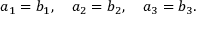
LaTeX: a _ { 1 } = b _ { 1 } , \quad a _ { 2 } = b _ { 2 } , \quad a _ { 3 } = b _ { 3 } .